Mental hospitals Bombay report 1921-28 - 1921-1928
Year: 1921
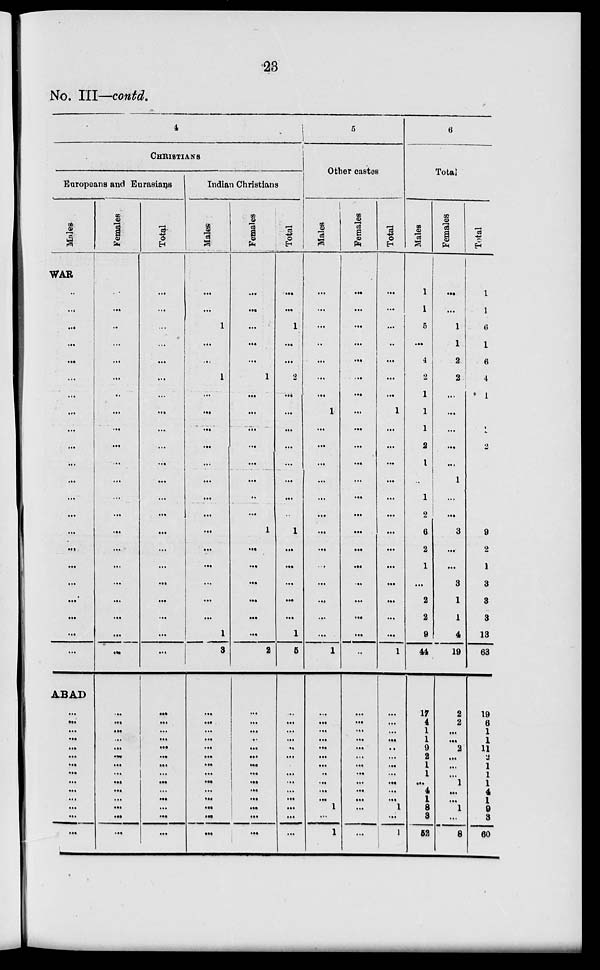
23
No. III—contd.
4
CHRISTIANS
Europeans and Eurasians
Males
WAR
...
...
...
...
...
...
...
...
...
...
...
...
...
...
...
...
...
...
...
...
...
...
ABAD
...
...
...
...
...
...
...
...
...
...
...
...
...
...
Females
...
...
...
...
...
...
...
...
...
...
...
...
...
...
...
...
...
...
...
...
...
...
...
...
...
...
...
...
...
...
...
...
...
...
...
...
Total
...
...
...
...
...
...
...
...
...
...
...
...
...
...
...
...
...
...
...
...
...
...
...
...
...
...
...
...
...
...
...
...
...
...
...
...
Indian Christians
Males
...
...
1
...
...
1
...
...
...
...
...
...
...
...
...
...
...
...
...
...
1
3
...
...
...
...
...
...
...
...
...
...
...
...
...
...
Females
...
...
...
...
...
1
...
...
...
...
...
...
...
...
1
...
...
...
...
...
...
2
...
...
...
...
...
...
...
...
...
...
...
...
...
...
Total
...
...
1
...
...
2
...
...
...
...
...
...
...
...
1
...
...
...
...
...
1
5
...
...
...
...
..
...
...
...
...
...
...
...
...
...
5
Other castes
Males
...
...
...
...
...
...
...
1
...
...
...
...
...
...
...
...
...
...
...
...
...
1
...
...
...
...
...
...
...
..
...
...
...
1
...
1
Females
...
...
...
...
...
...
...
...
...
...
...
...
...
...
...
...
...
...
...
...
...
...
...
...
...
...
...
...
...
...
...
...
...
...
...
...
Total
...
...
...
...
...
...
...
1
...
...
...
...
...
...
...
...
...
...
...
...
...
1
...
...
...
...
..
...
...
...
...
...
...
1
...
1
6
Total
Males
1
1
5
...
4
2
1
1
1
2
1
...
1
2
6
2
1
...
2
2
9
44
17
4
1
1
9
2
1
1
...
4
1
8
3
52
Females
...
...
1
1
2
2
...
...
...
...
...
1
...
...
3
...
...
3
1
1
4
19
2
2
...
...
2
...
...
...
1
...
...
1
...
8
Total
1
1
6
1
6
4
1
1
1
2
1
1
1
2
9
2
1
3
3
3
13
63
19
6
1
1
11
2
1
1
1
4
1
9
3
60